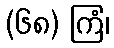
(၆၈) ကြံ၊